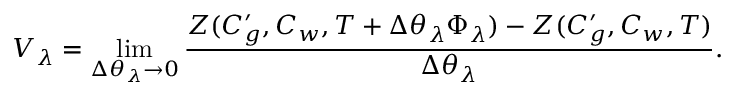
V _ { \lambda } = \operatorname* { l i m } _ { \Delta \theta _ { \lambda } \to 0 } \frac { Z ( C _ { g } ^ { \prime } , C _ { w } , T + \Delta \theta _ { \lambda } \Phi _ { \lambda } ) - Z ( C _ { g } ^ { \prime } , C _ { w } , T ) } { \Delta \theta _ { \lambda } } .